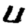
Digit: 4